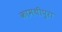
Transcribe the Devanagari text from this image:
कामथीपुरा